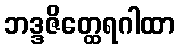
ဘဒ္ဒဇိတ္ထေရဂါထာ